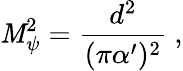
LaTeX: \mathit{M}_{\psi}^{2}={\frac{{d^{2}}}{{(\pi\alpha^{\prime})^{2}}}}\ ,